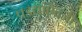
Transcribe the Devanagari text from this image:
पडद्यांऐवजी